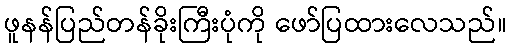
ဖူနန်ပြည်တန်ခိုးကြီးပုံကို ဖော်ပြထားလေသည်။